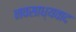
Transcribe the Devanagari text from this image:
नवसाध्यवाद